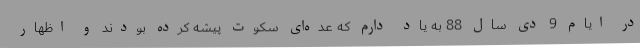
در ایام 9 دی سال 88 به یاد دارم که عده‌ای سکوت پیشه کرده بودند و اظهار